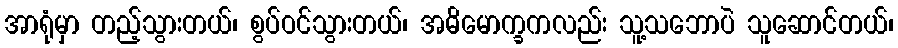
အာရုံမှာ တည့်သွားတယ်၊ စွပ်ဝင်သွားတယ်၊ အဓိမောက္ခကလည်း သူ့သဘောပဲ သူဆောင်တယ်၊